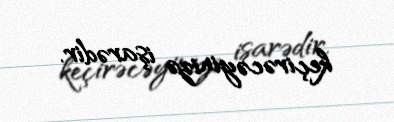
keçirəcəyinizə işarədir.